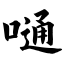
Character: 嗵